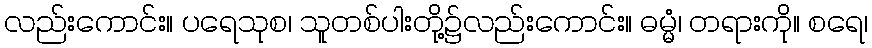
လည်းကောင်း။ ပရေသုစ၊ သူတစ်ပါးတို့၌လည်းကောင်း။ ဓမ္မံ၊ တရားကို။ စရေ၊